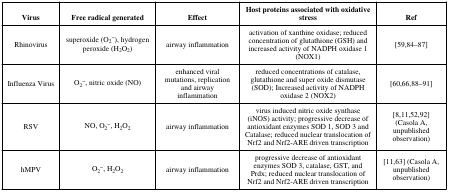
| Virus | Free radical generated | Effect | Host proteins associated with oxidative stress | Ref |
 | --- | --- | --- | --- | --- |
 | Rhinovirus | superoxide (O2−), hydrogen peroxide (H2O2) | airway inflammation | activation of xanthine oxidase; reduced concentration of glutathione (GSH) and increased activity of NADPH oxidase 1 (NOX1) | [59,84–87] |
 | Influenza Virus | O2−, nitric oxide (NO) | enhanced viral mutations, replication and airway inflammation | reduced concentrations of catalase, glutathione and super oxide dismutase (SOD); Increased activity of NADPH oxidase 2 (NOX2) | [60,66,88–91] |
 | RSV | NO, O2−, H2O2 | airway inflammation | virus induced nitric oxide synthase (iNOS) activity; progressive decrease of antioxidant enzymes SOD 1, SOD 3 and Catalase; reduced nuclear translocation of Nrf2 and Nrf2-ARE driven transcription | [8,11,52,92] (Casola A, unpublished observation) |
 | hMPV | O2−, H2O2 | airway inflammation | progressive decrease of antioxidant enzymes SOD 3, catalase, GST, and Prdx; reduced nuclear translocation of Nrf2 and Nrf2-ARE driven transcription | [11,63] (Casola A, unpublished observation) |